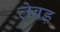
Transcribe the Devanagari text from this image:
लेबड़